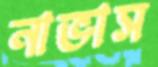
নাভাস